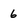
Character: 6